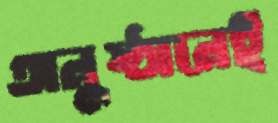
অনুষ্ঠানেই